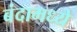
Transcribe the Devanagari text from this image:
बंदामध्ये